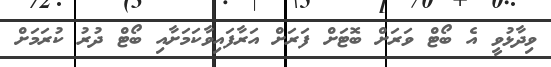
ވިދާޅުވީ އެ ބޯޓް ވަރަށް ބޮޓަށް ފަރަށް އަރާފައިވާކަމަށާއި ބޯޓް ދުރު ކުރަމަށް